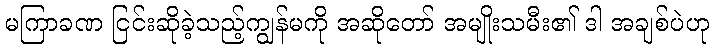
မကြာခဏ ငြင်းဆိုခဲ့သည့်ကျွန်မကို အဆိုတော် အမျိုးသမီး၏ ဒါ အချစ်ပဲဟု